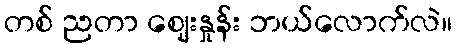
တစ် ညတာ ဈေးနှုန်း ဘယ်လောက်လဲ။